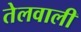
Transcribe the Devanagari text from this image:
तेलवाली